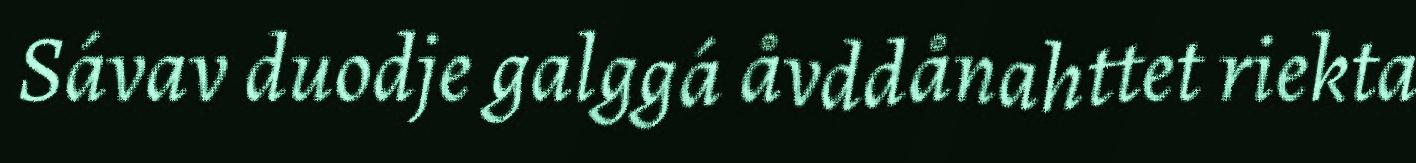
Sávav duodje galggá åvddånahttet riekta